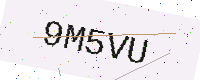
Text: 9M5VU